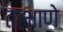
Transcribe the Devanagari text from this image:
ताभाणे